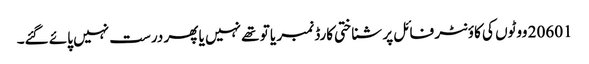
20601 ووٹوں کی کاؤنٹر فائل پر شناختی کارڈ نمبر یا تو تھے نہیں یا پھر درست نہیں پائے گئے۔